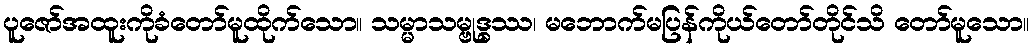
ပူဇော်အထူးကိုခံတော်မူထိုက်သော။ သမ္မာသမ္ဗုဒ္ဓဿ၊ မဘောက်မပြန်ကိုယ်တော်တိုင်သိ တော်မူသော။